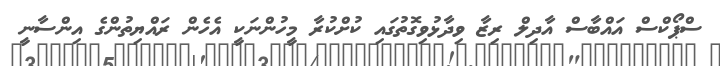
ސްޕޯކްސް އައްބާސް އާދިލް ރިޒާ ވިދާޅުވިގޮތުގައި ކުށްކުރާ މީހުންނަކީ އެހެން ރައްޔިތުންގެ އިންސާނީ